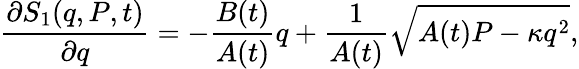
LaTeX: \frac{\partial S_{1}(q,P,t)}{\partial q}=-\frac{B(t)}{A(t)}q+\frac{1}{A(t)}\sqrt{A(t)P-\kappa q^{2}},